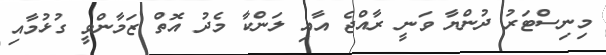
މިނިސްޓަރު ދުންޔާ ވަނީ ރާއްޖެ އާއި ލަންކާ މެދު އޮތް ޒަމާންވީ ގުޅުމާއި